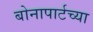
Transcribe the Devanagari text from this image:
बोनापार्टच्या